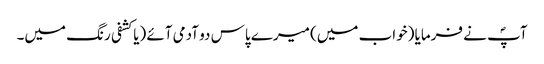
آپؐ نے فرمایا (خواب میں) میرے پاس دو آدمی آئے (یا کشفی رنگ میں۔